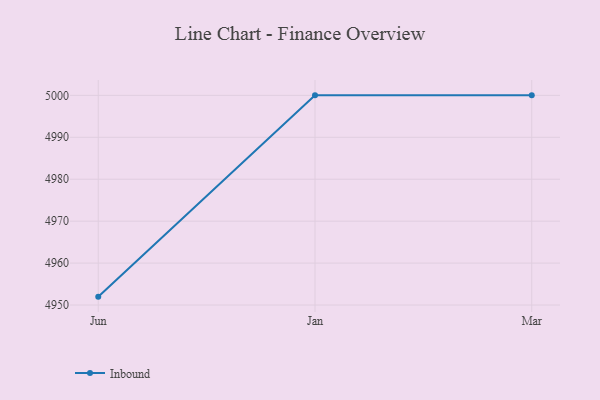
{"axis": {"x": "Month", "y": "Shipments"}, "legend": ["Inbound"], "data": [{"x": "Jun", "y": 4952.0, "type": "Inbound"}, {"x": "Jan", "y": 5000, "type": "Inbound"}, {"x": "Mar", "y": 5000, "type": "Inbound"}]}